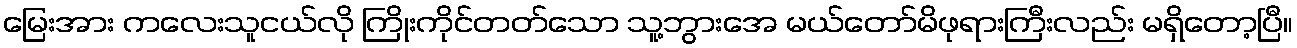
မြေးအား ကလေးသူငယ်လို ကြိုးကိုင်တတ်သော သူ့ဘွားအေ မယ်တော်မိဖုရားကြီးလည်း မရှိတော့ပြီ။